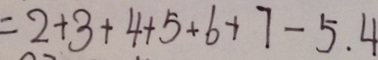
= 2 + 3 + 4 + 5 + 6 + 7 - 5 . 4